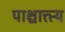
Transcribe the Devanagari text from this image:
पाश्चात्त्त्य